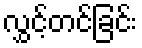
လွှင့်တင်ခြင်း